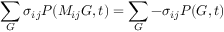
\sum _ { G } \sigma _ { i j } P ( M _ { i j } G , t ) = \sum _ { G } - \sigma _ { i j } P ( G , t )